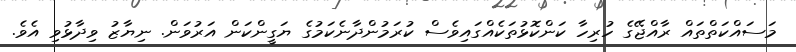
މަސައްކަތްތައް ރާއްޖޭގެ ހުރިހާ ކަންކޮޅުތަކެއްގައިވެސް ކުރަމުންދާނެކަމުގެ ޔަގީންކަން އަރުވަން. ނިޔާޒު ވިދާޅުވި އެވެ.